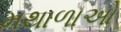
મથાળાઓ